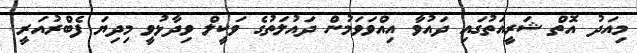
މިއަދު އޮތް ޝަރީއަތުގައި ދައުވާ އިއްވަވަމުން ދައުލަތުގެ ވަކީލް ވިދާޅުވީ މިދިޔަ ފެބްރުއަރީ